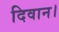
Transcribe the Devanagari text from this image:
दिवान।